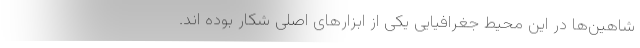
شاهین‌ها در این محیط جغرافیایی یکی از ابزار‌های اصلی شکار بوده اند.